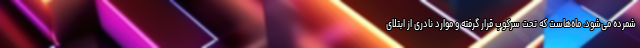
شمرده می‌شود، ماه‌هاست که تحت سرکوب قرار گرفته و موارد نادری از ابتلای